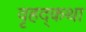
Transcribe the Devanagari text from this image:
वृहद्कथा